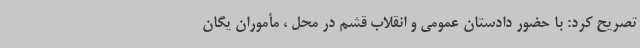
تصریح کرد: با حضور دادستان عمومی و انقلاب قشم در محل ، مأموران یگان